King Institute of Preventive Medicine Micro-Biological Section reports 1909-11
Year: 1909
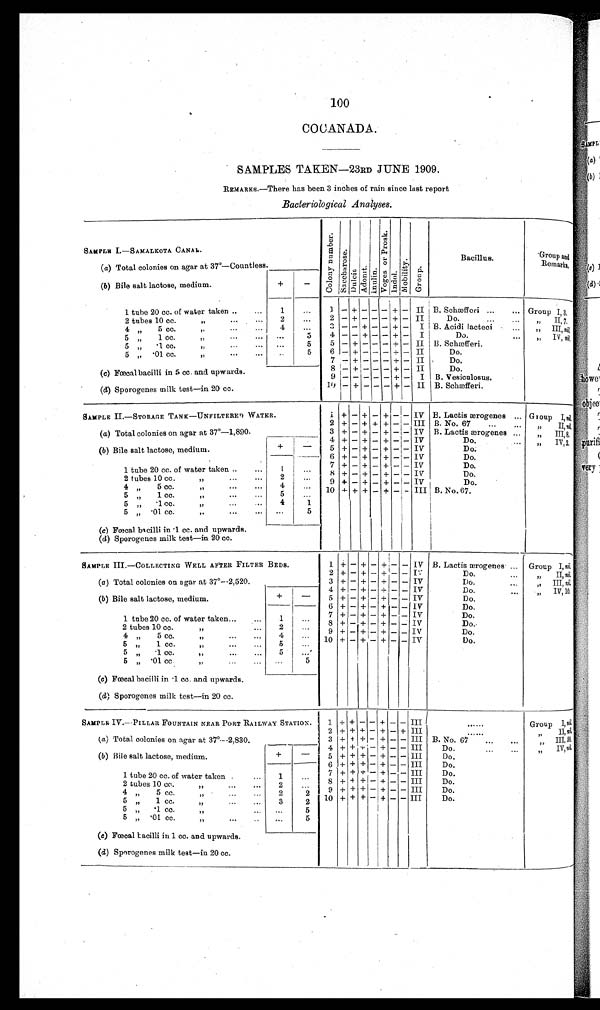
100
COCANADA.
SAMPLES TAKEN—23RD JUNE 1909.
R E M A K S . — T h e r e h a s b e e n 3
i n c h e s o f r a i n s i n c e l a s t r e p o r t
Bacteriological Analyses.
SAMPLE I.—SAMALKOTA CANAL.
Col ony numberS a c c h e r o s
Sa c c he r os
Dul ci t Adoni t InulinVo g e r s o r P r o s kIndolMobi l i t yGroup
Bacillus
Group and Remarks
( a ) T o t a l c o l o n i e s o n a g a r a t 3 7 º — C o u n t l e s s .
+
–
(b) Bile salt lactose medium.
1 t u b e 2 0 c c . o f w a t e r t a k e n
1
. . .
1 – + – – –
+ – II B. Schæfferi
Gr oup I , 3
2
. . .
2 – + – – –
+ – II Do.
,, II
2 t u b e s 1 0 c c . , , . . . . . .
3 – – – – –
+ – I
B. Acidi lacteci
,, III, nil.
4
4 , , 5 c c . , , . . .
. . .
5 , , 1 c c . , , . . .
. . .
5
4 – – – + –
+
– I
Do.
IV, nil.
5 , , . 1 c c . , , . . .
. . .
5
5 – . + – – –
+ – II B. Schæfferi.
5 , , . 0 1 c c . , , . . .
. . .
5
6 – + –– – –
+ – II Do.
7 – + — —— + – II Do.
(c) Fœcal bacilli in 5 cc.a n d
u p w a r d s .
8 – + – – –
+ – II Do.
9 – – – – –
+ – I
B. Vesciulosus.
(d) Sporogenes milk test—in 20 cc.
1 0 – + – – –
+
– II B. Schæfferi
S A M P L E I I . — S T O R A G E T A N K — U N F I L T E R E D W A T E R .
1 + – + – + – –
I V
B. Lactis ærogenes
Group I, nil.
( a ) T o t a l c o l o n i e s o n a g a r a t 3 7 º — 1 , 8 9 0 .
2 + – + + + – –
I I I B. No. 67
,, II, nil.
(a3 + – + – + – –
I V
B. Lactis ærogenes
I I I , 8
( b ) B i l e s a l t l a c t o s e , m e d i u m
+
–
4 + – + + + – –
I V
Do.
5 + – + – + – –
I V
Do.
1
. . .
6 + – + – + – –
I V
Do.
1 t u b e 2 0 c c . o f w a t e r t a k e n
7 + – + – + – —
I V
Do.
9 + – + – + – –
I V
Do.
2
2 t u b e s o f 1 0 c c . , , . . .
. .
1 0 + + + – + – –
I I I
B. No. 67
4
4 , , 5 c c . , , . . .
. . .
5 „
1 cc.
•..
...
5
. . .
4
1
(c) Fœcal acilli in . 1cc. and upwards.
. . .
5
(d) Sporogenes milk test—in 20 cc.
SAMPLE III.—COLLECTING WELL AFTER FILTER BEDS
1 + – + – + –
– B. Lactis ærogenes
Group I, nil.
( a ) T o t a l c o l o n i e s o n a g a r a t 3 7 º — 2 , 5 2 0 2 + – + – + –
–
Do
,, II, nil.
( b ) B i l e s a l t l a c t o s e , m e d i u m
3 + – + – + –
– Do.
,, III, nil.
+
–
4 + – + – + –
– Do,
, , I V ,
n i l .
5 + – + – + –
– Do.
+ + – + – + –
– Do.
1
. . .
1 t u b e 2 0 c c o f w a t e r t a k e n
7 + – + – + –
– Do.
. . .
8 – + – + –
– Do.
2
2 t u b e s 1 0 c c . , , . . .
9 + + – + – + –
– Dp
4
. . .
1 0+ – + + – + –
– Do
5
5 „
1 c c .
, . , . . .
. . .
5 „
. 1
c c .
, ,
. . .
. . .
5
. . .
(c) Fœcal bacilli in .1 cc. and upwards.
. . .
5
(d) Sporogenes milk test--in 20 cc.
SAMPLE IV.—PILLAR FOUNTAIN NEAR PORT RAILWAY STATION .
1 + + – – + + – III ....
Group I, nil.
2 + + 0 + + – + – + III ....
,, II, nil.
(3
+ + + – + – – III B. No. 67 ... ...
,, III, nil,
+
–
4 + + + – + – – III Do. ... ...
5 + + + – + – – III Do.
6 + + + – + – – III Do
1
1 t u b e o f 2 0 c c o f w a t e r t a k e n
. . .
7 + + + – + – – III Do.
8 + + + – + – – III Do
2
2 t u b e s o f 1 0 c c , ,
. . .
9 + + + – + – – III Do.
4 , , 5 c c . , , . . .
2
2
1 0 + + + – + – – III Do.
5 , , 1 c c , , . . .
3
5
5
„
.1 cc.
,,
. .
5
5 „
. 0 1
c c . , , . . .
. . .
5
(d) Sporogenes milk test—in 20 cc.